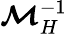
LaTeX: \boldsymbol{\mathcal{M}}_{H}^{-1}